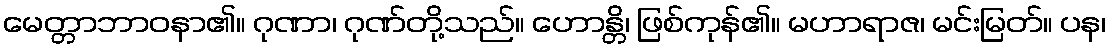
မေတ္တာဘာဝနာ၏။ ဂုဏာ၊ ဂုဏ်တို့သည်။ ဟောန္တိ၊ ဖြစ်ကုန်၏။ မဟာရာဇ၊ မင်းမြတ်။ ပန၊